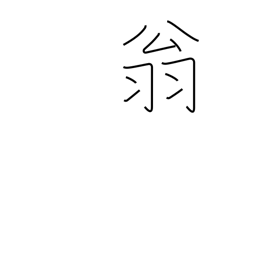
Meaning: venerable old man